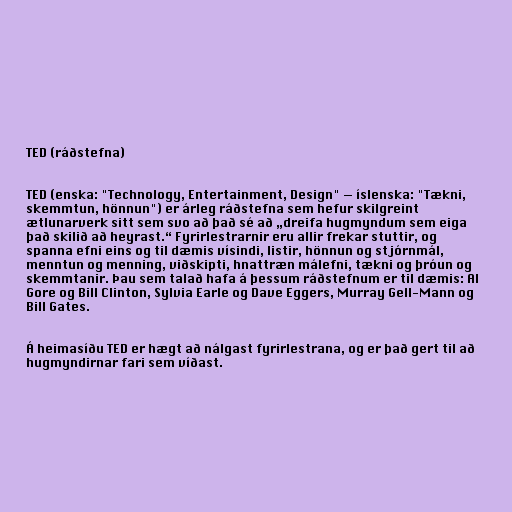
TED (ráðstefna)

TED (enska: "Technology, Entertainment, Design" — íslenska: "Tækni,
skemmtun, hönnun") er árleg ráðstefna sem hefur skilgreint
ætlunarverk sitt sem svo að það sé að „dreifa hugmyndum sem eiga
það skilið að heyrast.“ Fyrirlestrarnir eru allir frekar stuttir, og
spanna efni eins og til dæmis vísindi, listir, hönnun og stjórnmál,
menntun og menning, viðskipti, hnattræn málefni, tækni og þróun og
skemmtanir. Þau sem talað hafa á þessum ráðstefnum er til dæmis: Al
Gore og Bill Clinton, Sylvia Earle og Dave Eggers, Murray Gell-Mann og
Bill Gates.

Á heimasíðu TED er hægt að nálgast fyrirlestrana, og er það gert til að
hugmyndirnar fari sem víðast.